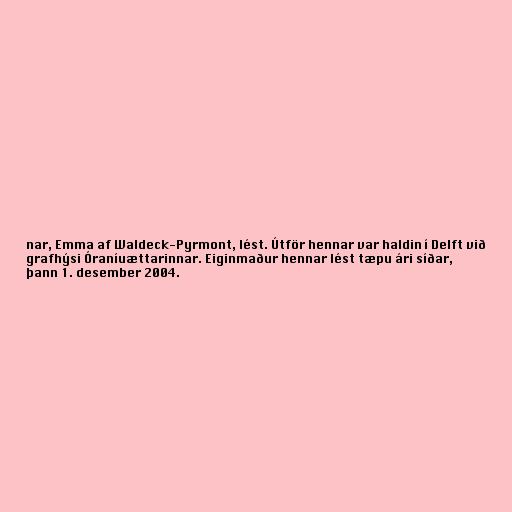
nar, Emma af Waldeck-Pyrmont, lést. Útför hennar var haldin í Delft við
grafhýsi Óraníuættarinnar. Eiginmaður hennar lést tæpu ári síðar,
þann 1. desember 2004.